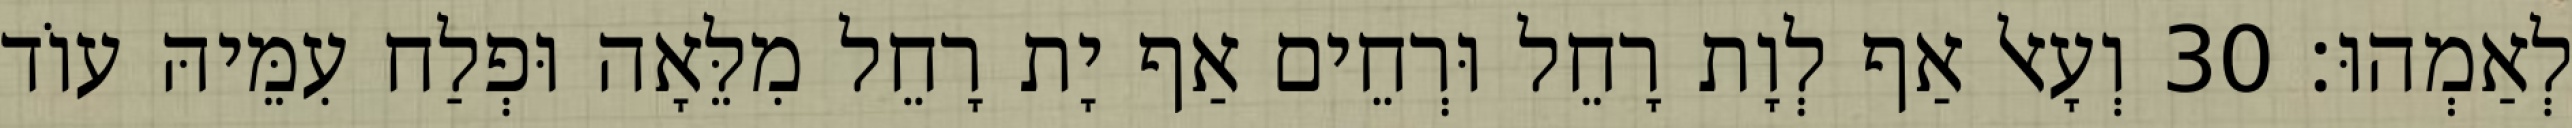
לְאַמְהוּ׃ 30 וְעָאל אַף לְוָת רָחֵל וּרְחֵים אַף יָת רָחֵל מִלֵּאָה וּפְלַח עִמֵּיהּ עוֹד